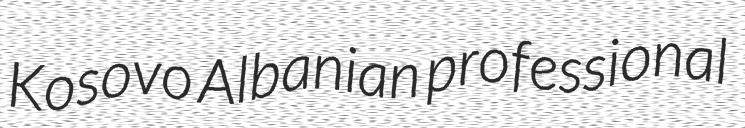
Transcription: Kosovo Albanian professional